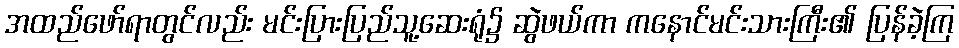
အထည်ဖော်ရာတွင်လည်း မင်းပြားပြည်သူ့ဆေးရုံ၌ ဆွဲဖယ်ကာ ကနောင်မင်းသားကြီး၏ ပြန်ခဲ့ကြ